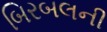
બિરબલની